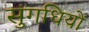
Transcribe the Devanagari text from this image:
सुंगधियों